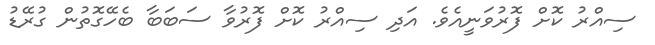
ސިއްރު ކޮށް ފޮރުވަނީއެވެ. އަދި ސިއްރު ކޮށް ފޮރުވާ ސަބަބާ ބެހޭގޮތުން ގުރޭޑު